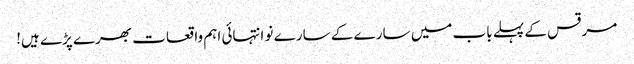
مرقس کے پہلے باب میں سارے کے سارے نو انتہائی اہم واقعات بھرے پڑے ہیں!